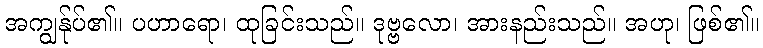
အကျွန်ုပ်၏။ ပဟာရော၊ ထုခြင်းသည်။ ဒုဗ္ဗလော၊ အားနည်းသည်။ အဟု၊ ဖြစ်၏။